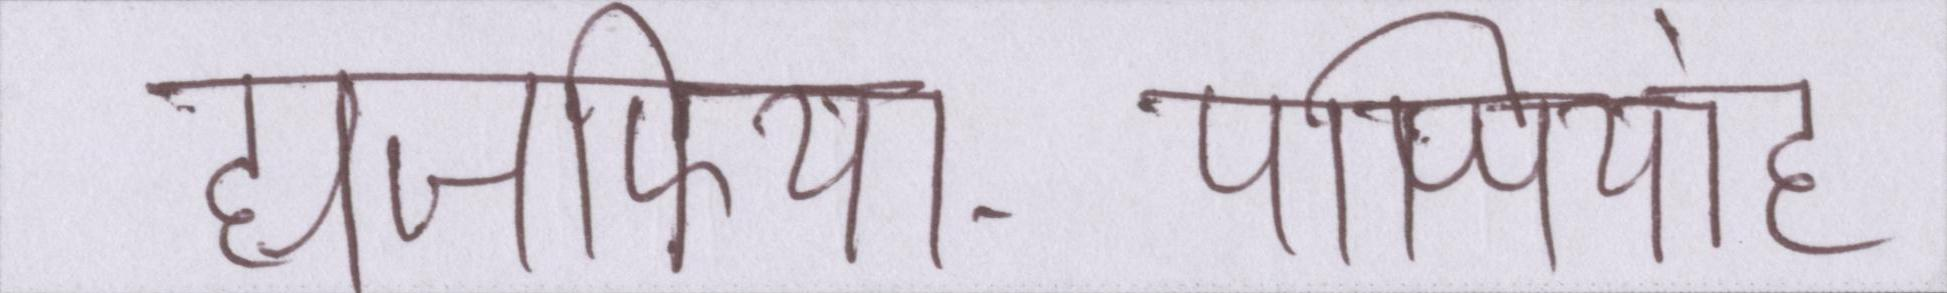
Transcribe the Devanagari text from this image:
ह्यजफ्फिया-पप्पियांह्ण